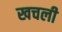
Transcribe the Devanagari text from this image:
खचली